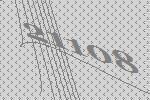
21108